Lunatic asylums Madras 1877-1891 - 1877-1891
Year: 1877
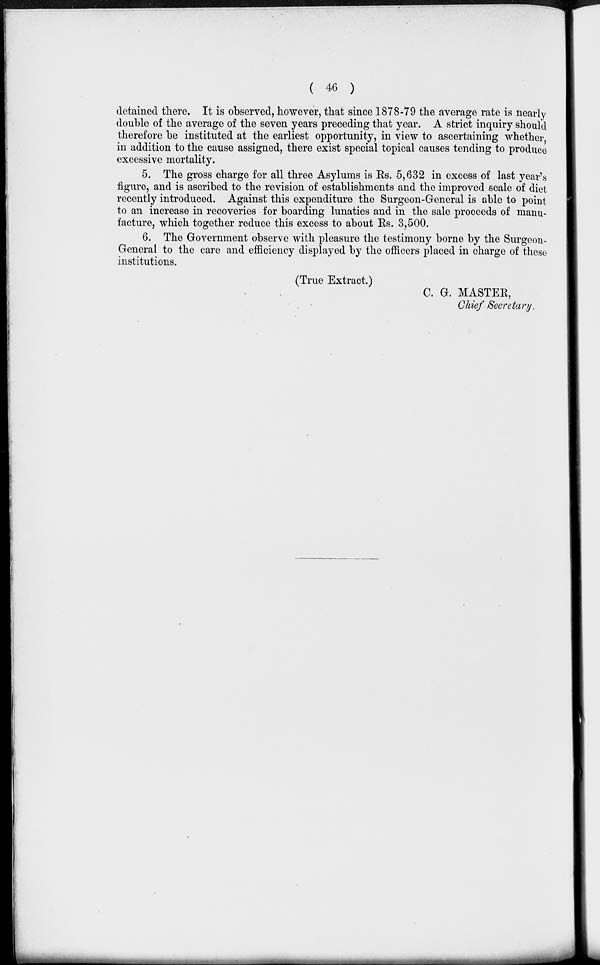
( 46 )
detained there. It is observed, however, that since 1878-79 the average rate is nearly
double of the average of the seven years preceding that year. A strict inquiry should
therefore be instituted at the earliest opportunity, in view to ascertaining whether,
in addition to the cause assigned, there exist special topical causes tending to produce
excessive mortality.
5. The gross charge for all three Asylums is Rs. 5,632 in excess of last year's
figure, and is ascribed to the revision of establishments and the improved scale of diet
recently introduced. Against this expenditure the Surgeon-General is able to point
to an increase in recoveries for boarding lunatics and in the sale proceeds of manu-
facture, which together reduce this excess to about Rs. 3,500.
6. The Government observe with pleasure the testimony borne by the Surgeon-
General to the care and efficiency displayed by the officers placed in charge of these
institutions.
(True Extract.)
C. G. MASTER,
Chief Secretary.